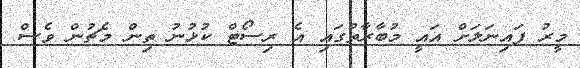
މީރު ފައިނަލަށް އައީ މުބާރާތުގައި އެ ރިސޯޓް ކުޅުނު ތިން މެޗުން ވެސް